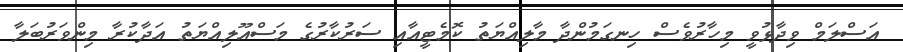
އަސްލަމް ވިދާޅުވީ މިހާރުވެސް ހިނގަމުންދާ މާލިއްޔަތު ކޮމެޓީއާއި ސަރުކާރުގެ މަސްއޫލިއްޔަތު އަދާކުރާ މިންވަރުބަލާ